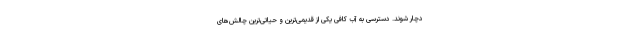
دچار شوند. دسترسی به آب کافی یکی از قدیمی‌ترین و حیاتی‌ترین چالش‌های